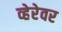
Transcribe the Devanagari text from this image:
व्हेरेवर